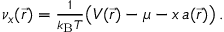
\begin{array} { r } { \nu _ { x } ( \vec { r } ) = \frac { 1 } { k _ { \mathrm { B } } T } \big ( V ( \vec { r } ) - \mu - x \, a ( \vec { r } ) \big ) \, . } \end{array}